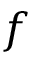
f